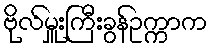
ဗိုလ်မှူးကြီးခွန်ဥက္ကာက